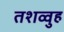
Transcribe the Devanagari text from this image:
तशव्वुह